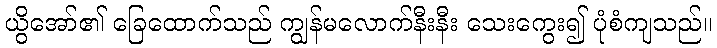
ယွိအော်၏ ခြေထောက်သည် ကျွန်မလောက်နီးနီး သေးကွေး၍ ပုံစံကျသည်။